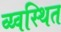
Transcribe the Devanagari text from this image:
व्य्वस्थित